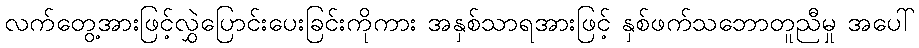
လက်တွေ့အားဖြင့်လွှဲပြောင်းပေးခြင်းကိုကား အနှစ်သာရအားဖြင့် နှစ်ဖက်သဘောတူညီမှု အပေါ်